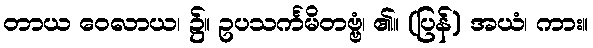
တာယ ဝေလာယ၊ ၌။ ဥပသင်္ကမိတဗ္ဗံ၊ ၏။ (ပြန်) အယံ၊ ကား။